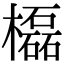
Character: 㰁